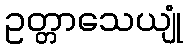
ဥတ္တာသေယျုံ